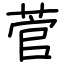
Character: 菅